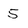
Character: 5